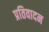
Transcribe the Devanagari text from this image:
प्रतिवादन